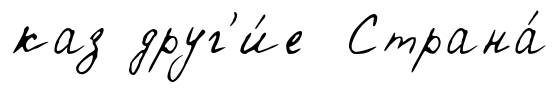
каз друг'и́е Страна́